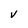
Character: V